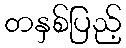
တနှစ်ပြည့်